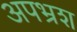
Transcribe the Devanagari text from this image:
अपभ्रश